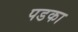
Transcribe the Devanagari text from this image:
पडका